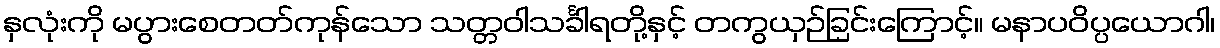
နှလုံးကို မပွားစေတတ်ကုန်သော သတ္တဝါသင်္ခါရတို့နှင့် တကွယှဉ်ခြင်းကြောင့်။ မနာပဝိပ္ပယောဂါ၊